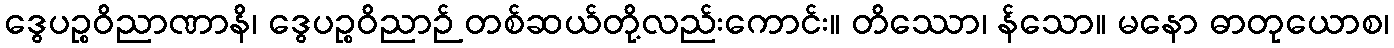
ဒွေပဉ္စဝိညာဏာနိ၊ ဒွေပဉ္စဝိညာဉ် တစ်ဆယ်တို့လည်းကောင်း။ တိဿော၊ န်သော။ မနော ဓာတုယောစ၊